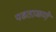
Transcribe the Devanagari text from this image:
पडताळणे